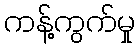
ကန့်ကွက်မှု